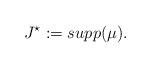
LaTeX: \begin{align*}J^\star:=supp(\mu).\end{align*}